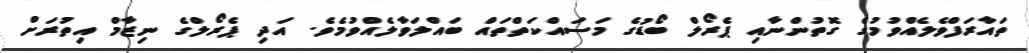
ތައާރަފްވެލެއްވުމުގެ ގޮތުންނާއި ޕެރޯލް ބޯޑުގެ މަސައްކަތްތައް ބައްލަވާލެއްވުމެވެ. އަދި ޕެރޯލްގެ ނިޒާމް އިތުރަށް